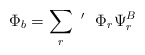
\begin{align*}\Phi_b = \sum_r~^{\prime}~~\Phi_r \Psi_r^B\end{align*}